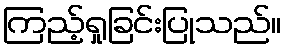
ကြည့်ရှုခြင်းပြုသည်။